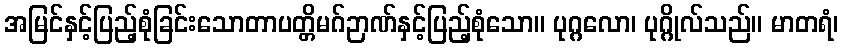
အမြင်နှင့်ပြည့်စုံခြင်းသောတာပတ္တိမဂ်ဉာဏ်နှင့်ပြည့်စုံသော။ ပုဂ္ဂလော၊ ပုဂ္ဂိုလ်သည်။ မာတရံ၊